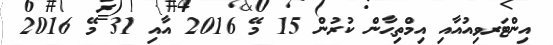
އިންޓަރވިއުއާއި އިމްތިޙާން ކުރުން 15 މޭ 2016 އާއި 31 މޭ 2016